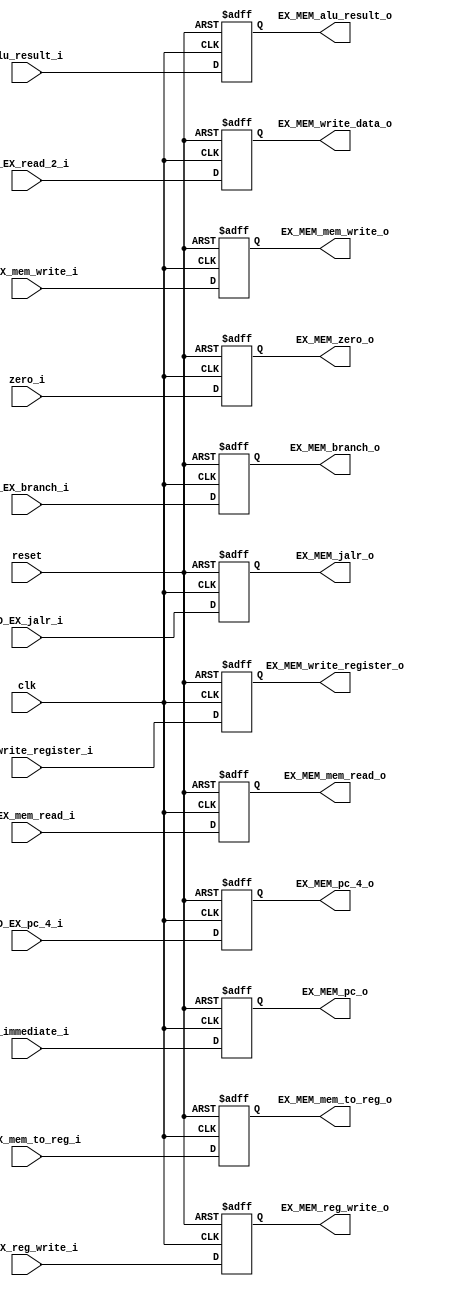
module EX_MEM_module
#(
	parameter NBits = 32
)
(	
	input clk,
	input reset,
	input [NBits-1:0] ID_EX_pc_4_i, //ID_EX_pc_4_o_W
	input [NBits-1:0] pc_immediate_i, //pc_plus_immediate_w
	input zero_i, //zero_w
	input [NBits-1:0] alu_result_i, //alu_result_w
	input [NBits-1:0] ID_EX_read_2_i,//ID_EX_read_2_o_W,
	input [4:0] ID_EX_write_register_i,
	input ID_EX_reg_write_i, 
	input [1:0] ID_EX_mem_to_reg_i, 
	input ID_EX_jalr_i, 
	input ID_EX_branch_i, 
	input ID_EX_mem_read_i, 
	input ID_EX_mem_write_i, 

	
	output reg [31:0] EX_MEM_pc_4_o,
	output reg [31:0] EX_MEM_pc_o,
	output reg 			EX_MEM_zero_o,
	output reg [31:0] EX_MEM_alu_result_o,
	output reg [31:0] EX_MEM_write_data_o,
	output reg [4:0] EX_MEM_write_register_o,
	output reg EX_MEM_reg_write_o, 
	output reg [0:1] EX_MEM_mem_to_reg_o, 
	output reg EX_MEM_jalr_o, 
	output reg EX_MEM_branch_o, 
	output reg EX_MEM_mem_read_o,
	output reg EX_MEM_mem_write_o
);

always@(negedge reset or posedge clk) begin
	if(reset==0) begin
		EX_MEM_pc_4_o<= 32'h00000000;
		EX_MEM_pc_o<= 32'h00000000;
		EX_MEM_zero_o <= 0;
		EX_MEM_alu_result_o<= 32'h00000000;
		EX_MEM_write_data_o<= 32'h00000000;
		EX_MEM_write_register_o <= 0;
		EX_MEM_reg_write_o <= 0;
		EX_MEM_mem_to_reg_o <= 0;
		EX_MEM_jalr_o <= 0;
		EX_MEM_branch_o <= 0;
		EX_MEM_mem_read_o <= 0;
		EX_MEM_mem_write_o <= 0;
	end
	else begin
		EX_MEM_pc_4_o<= ID_EX_pc_4_i;
		EX_MEM_pc_o<= pc_immediate_i;
		EX_MEM_zero_o<= zero_i;
		EX_MEM_alu_result_o<= alu_result_i;
		EX_MEM_write_data_o<= ID_EX_read_2_i;
		EX_MEM_write_register_o <= ID_EX_write_register_i;
		
		EX_MEM_reg_write_o <= ID_EX_reg_write_i; 
		EX_MEM_mem_to_reg_o <= ID_EX_mem_to_reg_i; 
		EX_MEM_jalr_o <= ID_EX_jalr_i; 
		EX_MEM_branch_o <= ID_EX_branch_i; 
		EX_MEM_mem_read_o <= ID_EX_mem_read_i;
		EX_MEM_mem_write_o <= ID_EX_mem_write_i;
	end
end


endmodule